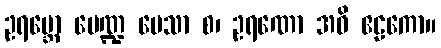
ဥရဗ္ဘော မေဏ္ဍ မေသာ စ၊ ဥရဏော အဝိ ဧဠကော။